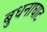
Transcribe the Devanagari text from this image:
बुधनाघाट